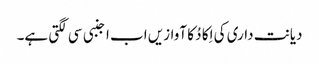
دیانت داری کی اِکا دُ کا آوازیں اب اجنبی سی لگتی ہے۔